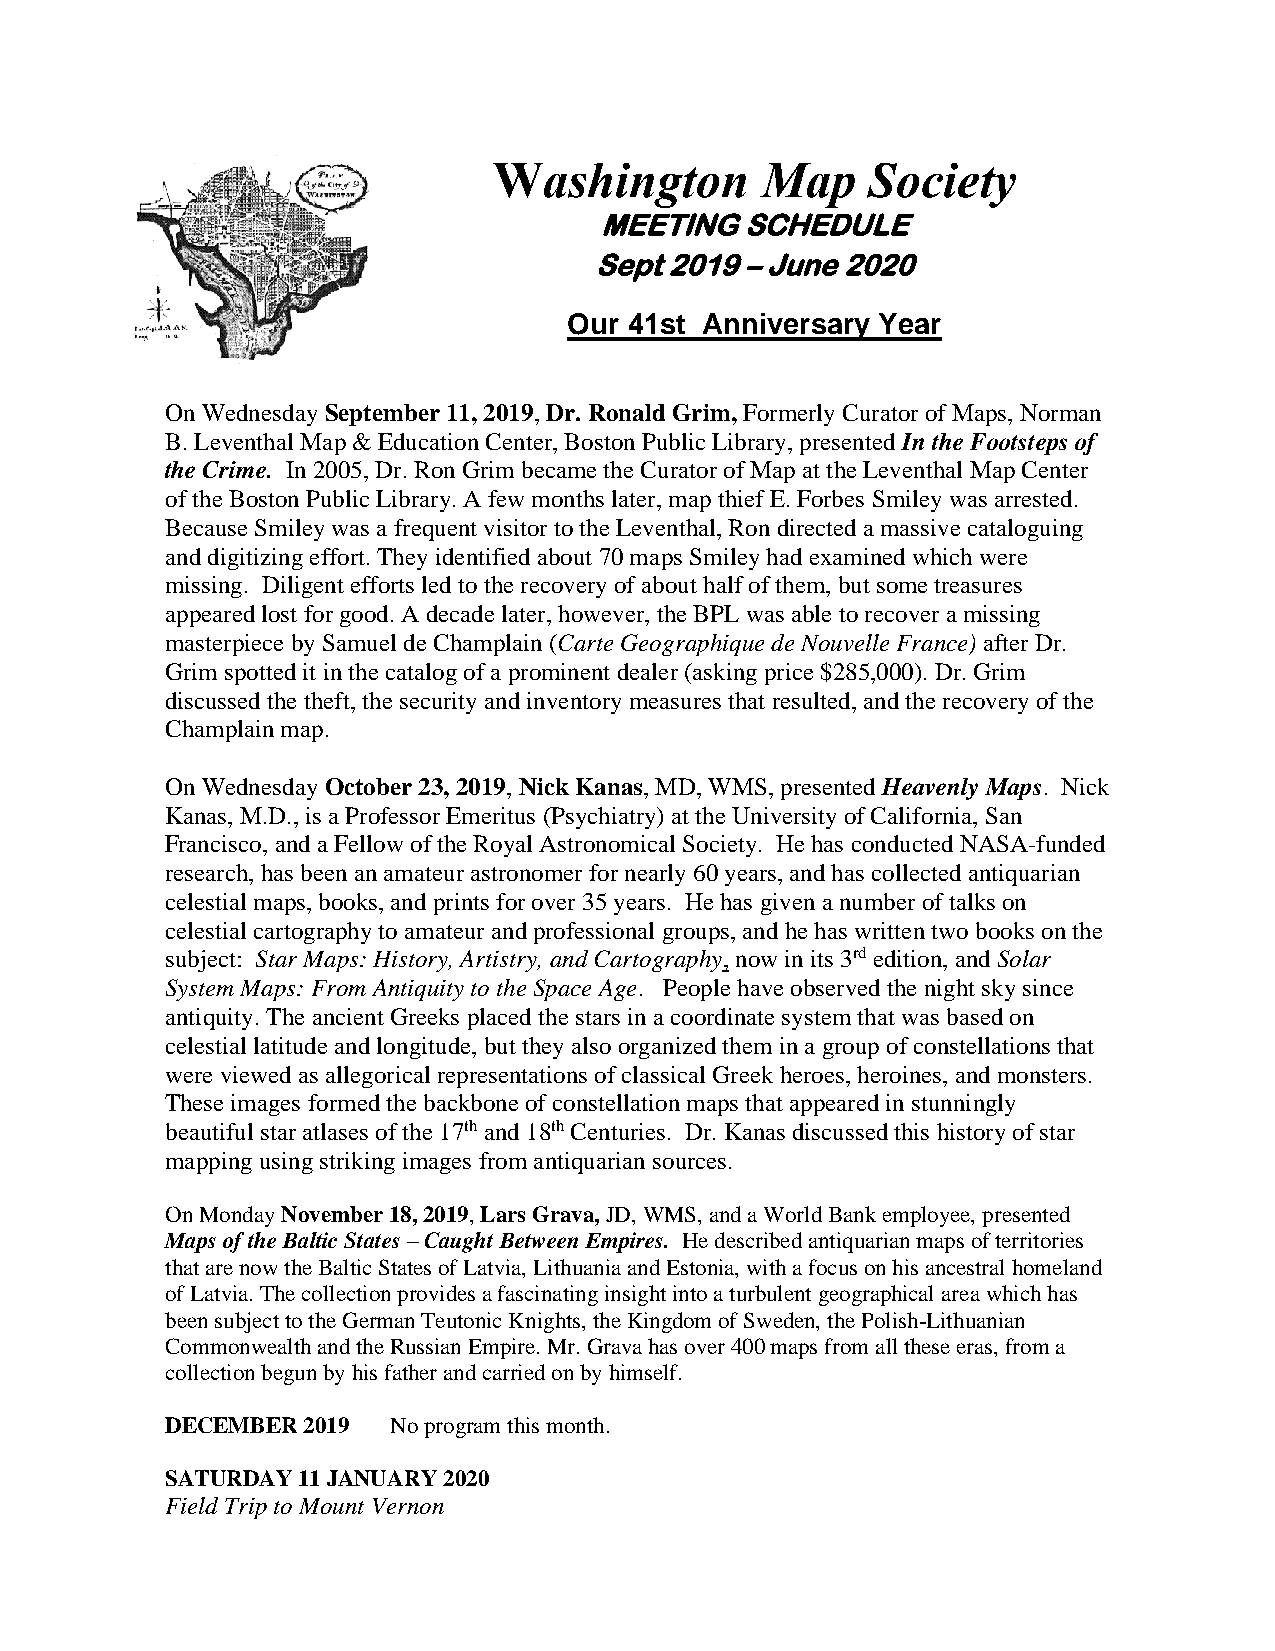
Washington       Map     Society
 MEETING  SCHEDULE
 Sept 2019 – June 2020
 Our 41st Anniversary Year
 On Wednesday September 11, 2019, Dr. Ronald Grim, Formerly Curator of Maps, Norman
 B. Leventhal Map & Education Center, Boston Public Library, presented In the Footsteps of
 the Crime. In 2005, Dr. Ron Grim became the Curator of Map at the Leventhal Map Center
 of the Boston Public Library. A few months later, map thief E. Forbes Smiley was arrested.
 Because Smiley was a frequent visitor to the Leventhal, Ron directed a massive cataloguing
 and digitizing effort. They identified about 70 maps Smiley had examined which were
 missing. Diligent efforts led to the recovery of about half of them, but some treasures
 appeared lost for good. A decade later, however, the BPL was able to recover a missing
 masterpiece by Samuel de Champlain (Carte Geographique de Nouvelle France) after Dr.
 Grim spotted it in the catalog of a prominent dealer (asking price $285,000). Dr. Grim
 discussed the theft, the security and inventory measures that resulted, and the recovery of the
 Champlain map.
 On Wednesday October 23, 2019, Nick Kanas, MD, WMS, presented Heavenly Maps. Nick
 Kanas, M.D., is a Professor Emeritus (Psychiatry) at the University of California, San
 Francisco, and a Fellow of the Royal Astronomical Society. He has conducted NASA-funded
 research, has been an amateur astronomer for nearly 60 years, and has collected antiquarian
 celestial maps, books, and prints for over 35 years. He has given a number of talks on
 celestial cartography to amateur and professional groups, and he has written two books on the
 subject: Star Maps: History, Artistry, and Cartography, now in its 3rd edition, and Solar
 System Maps: From Antiquity to the Space Age. People have observed the night sky since
 antiquity. The ancient Greeks placed the stars in a coordinate system that was based on
 celestial latitude and longitude, but they also organized them in a group of constellations that
 were viewed as allegorical representations of classical Greek heroes, heroines, and monsters.
 These images formed the backbone of constellation maps that appeared in stunningly
 beautiful star atlases of the 17th and 18th Centuries. Dr. Kanas discussed this history of star
 mapping using striking images from antiquarian sources.
 On Monday November 18, 2019, Lars Grava, JD, WMS, and a World Bank employee, presented
 Maps of the Baltic States – Caught Between Empires. He described antiquarian maps of territories
 that are now the Baltic States of Latvia, Lithuania and Estonia, with a focus on his ancestral homeland
 of Latvia. The collection provides a fascinating insight into a turbulent geographical area which has
 been subject to the German Teutonic Knights, the Kingdom of Sweden, the Polish-Lithuanian
 Commonwealth and the Russian Empire. Mr. Grava has over 400 maps from all these eras, from a
 collection begun by his father and carried on by himself.
 DECEMBER 2019  No program this month.
 SATURDAY 11 JANUARY 2020
 Field Trip to Mount Vernon